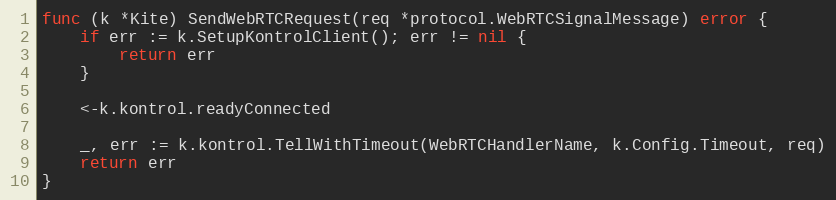
Language: Go
func (k *Kite) SendWebRTCRequest(req *protocol.WebRTCSignalMessage) error {
	if err := k.SetupKontrolClient(); err != nil {
		return err
	}

	<-k.kontrol.readyConnected

	_, err := k.kontrol.TellWithTimeout(WebRTCHandlerName, k.Config.Timeout, req)
	return err
}